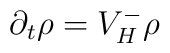
\partial_t \rho =  V^{-}_{H} \rho